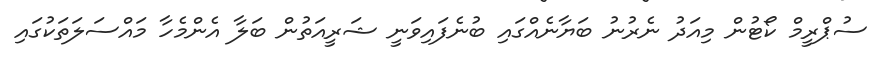
ސުޕްރީމް ކޯޓުން މިއަދު ނެރުނު ބަޔާނެއްގައި ބުނެފައިވަނީ ޝަރީއަތުން ބަލާ އެންމެހާ މައްސަލަތަކުގައި